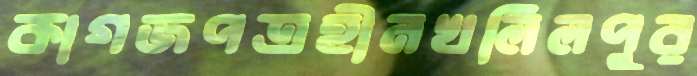
কাগজপত্রহীনখলিলপুর